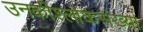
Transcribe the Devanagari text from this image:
उनकीश्लोकसंख्या